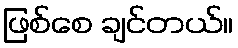
ဖြစ်စေ ချင်တယ်။